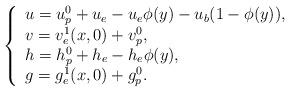
LaTeX: \begin{align*}\left \{\begin{array}{lll}u=u^0_p+u_e-u_e\phi(y)-u_b(1-\phi(y)),\\v=v^1_e(x,0)+v^0_p,\\h=h^0_p+h_e-h_e\phi(y),\\g=g^1_e(x,0)+g^0_p.\end{array}\right.\end{align*}